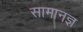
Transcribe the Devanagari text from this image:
सामानज्ञ